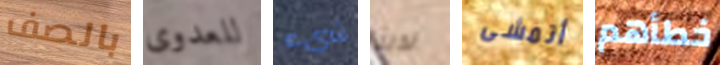
بالصف للعدوى شيء لدينا أتمشى خطأهم